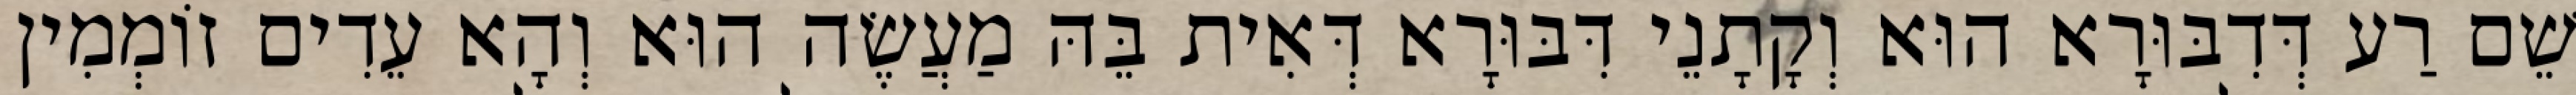
שֵׁם רַע דְּדִבּוּרָא הוּא וְקָתָנֵי דִּבּוּרָא דְּאִית בֵּהּ מַעֲשֶׂה הוּא וְהָא עֵדִים זוֹמְמִין